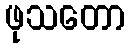
ဖုသတော